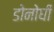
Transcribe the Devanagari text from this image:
डोनोघी